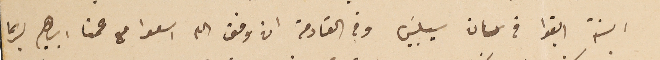
السنة ابقوا في سان سيلبيسَ وفي القادمة ان وفق الله اسعوا مع عمنا ابرهيم لربما